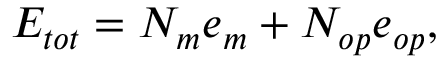
E _ { t o t } = N _ { m } e _ { m } + N _ { o p } e _ { o p } ,